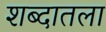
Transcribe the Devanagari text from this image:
शब्दातला